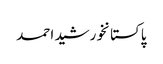
پاکستانخورشید احمد